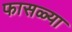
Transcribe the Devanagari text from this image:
फासळ्या